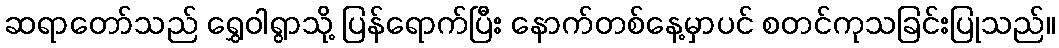
ဆရာတော်သည် ရွှေဝါရွာသို့ ပြန်ရောက်ပြီး နောက်တစ်နေ့မှာပင် စတင်ကုသခြင်းပြုသည်။